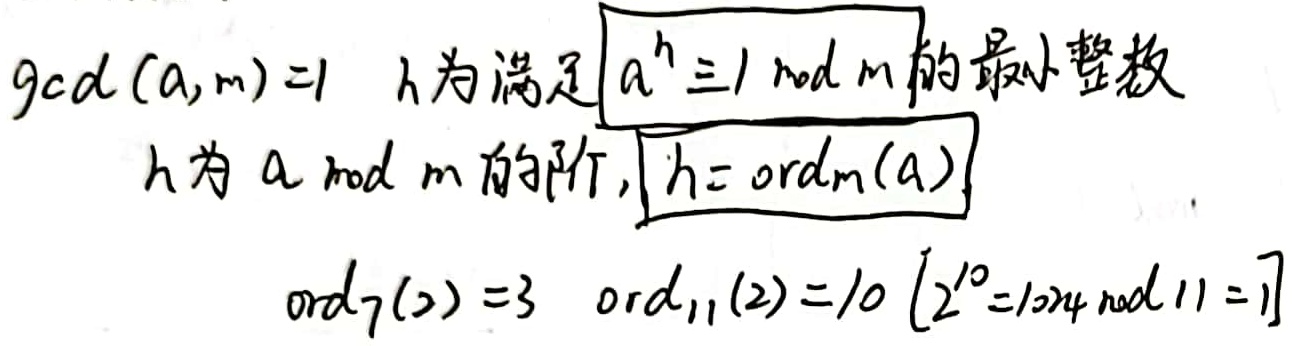
若\(\gcd(a,m)=1\)，\(h\)为满足\(a^h \equiv 1 \bmod m\)的最小整数，则\(h\)为\(a \bmod m\)的阶，记为\(h = \text{ord}_m(a)\)。

例如：\(\text{ord}_7(2)=3\)，\(\text{ord}_{11}(2)=10\) （因为\(2^{10}=1024\)，\(1024\bmod 11 = 1\)）